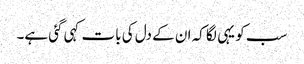
سب کو یہی لگا کہ ان کے دل کی بات کہی گئی ہے۔